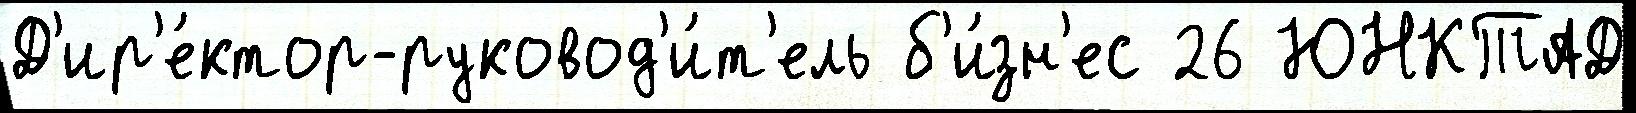
Д'ир'е́ктор-руковод'и́т'ель б'и́зн'ес 26 ЮНКТАД